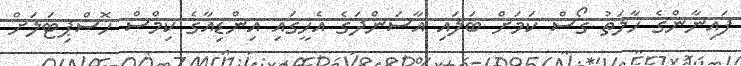
ފައިނާންގެ ހާލަތު ގޯސް ކަމަށް ބަލައި އާސަންދަގެ އެހީގައި އިންޑިއާގެ ކިމްސް ހޮސްޕިޓަލަށް